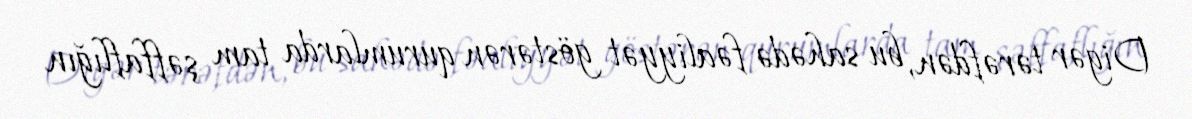
Digər tərəfdən, bu sahədə fəaliyyət göstərən qurumlarda tam şəffaflığın